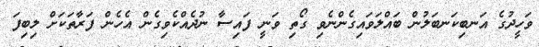
ވަހީދުގެ އަނބިކަނބަލުން ބައްލަވައިގެންނެވި ގޯތި ވަނީ ފައިސާ ނުދެއްކެވިގެން އެހެން ފަރާތަކަށް ލިބިފަ